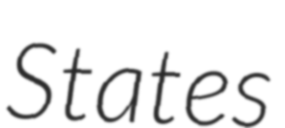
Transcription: States